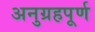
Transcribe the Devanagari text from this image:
अनुग्रहपूर्ण